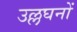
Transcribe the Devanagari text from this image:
उल्लघनों